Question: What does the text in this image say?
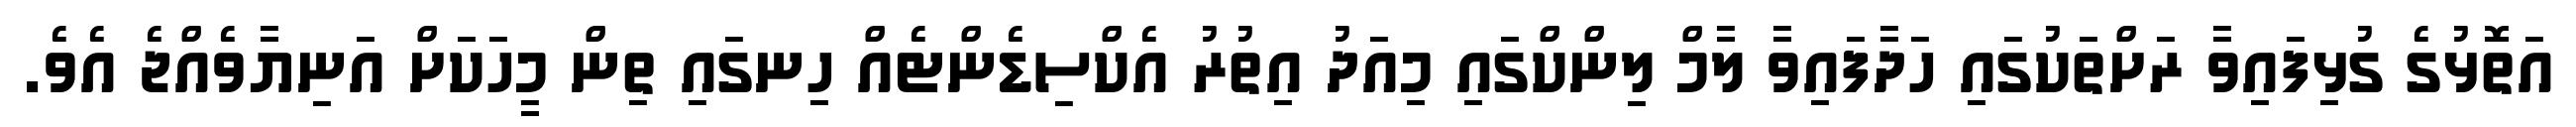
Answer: އަތޮޅުގެ ގުޅިފައިވާ ރަށްތަކުގައި ހަދާފައިވާ ލާމް ލިންކްގައި މިއަދު އިތުރު އެކްސިޑެންޓެއް ހިނގައި ތިން މީހަކަށް އަނިޔާވެއްޖެ އެވެ.